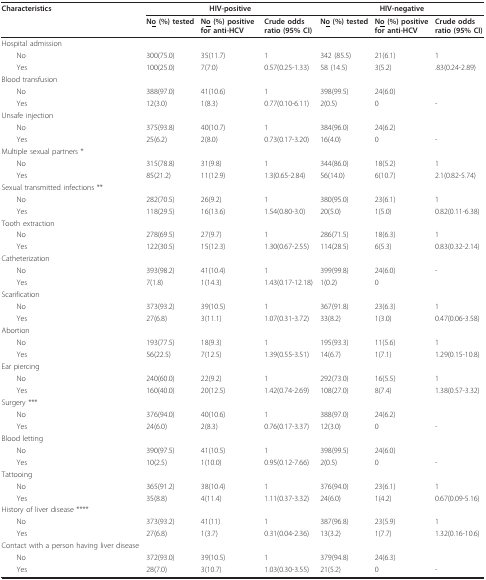
<table><thead><tr><td><b>Characteristics</b></td><td colspan="3"><b>HIV-positive</b></td><td colspan="3"><b>HIV-negative</b></td></tr><tr><td></td><td><b>N<underline>o</underline> (%) tested</b></td><td><b>N<underline>o</underline> (%) positive for anti-HCV</b></td><td><b>Crude odds ratio (95% CI)</b></td><td><b>N<underline>o</underline> (%) tested</b></td><td><b>N<underline>o</underline> (%) positive for anti-HCV</b></td><td><b>Crude odds ratio (95% CI)</b></td></tr></thead><tbody><tr><td>Hospital admission</td><td></td><td></td><td></td><td></td><td></td><td></td></tr><tr><td> No</td><td>300(75.0)</td><td>35(11.7)</td><td>1</td><td>342 (85.5)</td><td>21(6.1)</td><td>1</td></tr><tr><td> Yes</td><td>100(25.0)</td><td>7(7.0)</td><td>0.57(0.25-1.33)</td><td>58 (14.5)</td><td>3(5.2)</td><td>.83(0.24-2.89)</td></tr><tr><td>Blood transfusion</td><td></td><td></td><td></td><td></td><td></td><td></td></tr><tr><td> No</td><td>388(97.0)</td><td>41(10.6)</td><td>1</td><td>398(99.5)</td><td>24(6.0)</td><td></td></tr><tr><td> Yes</td><td>12(3.0)</td><td>1(8.3)</td><td>0.77(0.10-6.11)</td><td>2(0.5)</td><td>0</td><td>-</td></tr><tr><td>Unsafe injection</td><td></td><td></td><td></td><td></td><td></td><td></td></tr><tr><td> No</td><td>375(93.8)</td><td>40(10.7)</td><td>1</td><td>384(96.0)</td><td>24(6.2)</td><td></td></tr><tr><td> Yes</td><td>25(6.2)</td><td>2(8.0)</td><td>0.73(0.17-3.20)</td><td>16(4.0)</td><td>0</td><td>-</td></tr><tr><td>Multiple sexual partners *</td><td></td><td></td><td></td><td></td><td></td><td></td></tr><tr><td> No</td><td>315(78.8)</td><td>31(9.8)</td><td>1</td><td>344(86.0)</td><td>18(5.2)</td><td>1</td></tr><tr><td> Yes</td><td>85(21.2)</td><td>11(12.9)</td><td>1.3(0.65-2.84)</td><td>56(14.0)</td><td>6(10.7)</td><td>2.1(0.82-5.74)</td></tr><tr><td>Sexual transmitted infections **</td><td></td><td></td><td></td><td></td><td></td><td></td></tr><tr><td> No</td><td>282(70.5)</td><td>26(9.2)</td><td>1</td><td>380(95.0)</td><td>23(6.1)</td><td>1</td></tr><tr><td> Yes</td><td>118(29.5)</td><td>16(13.6)</td><td>1.54(0.80-3.0)</td><td>20(5.0)</td><td>1(5.0)</td><td>0.82(0.11-6.38)</td></tr><tr><td>Tooth extraction</td><td></td><td></td><td></td><td></td><td></td><td></td></tr><tr><td> No</td><td>278(69.5)</td><td>27(9.7)</td><td>1</td><td>286(71.5)</td><td>18(6.3)</td><td>1</td></tr><tr><td> Yes</td><td>122(30.5)</td><td>15(12.3)</td><td>1.30(0.67-2.55)</td><td>114(28.5)</td><td>6(5.3)</td><td>0.83(0.32-2.14)</td></tr><tr><td>Catheterization</td><td></td><td></td><td></td><td></td><td></td><td></td></tr><tr><td> No</td><td>393(98.2)</td><td>41(10.4)</td><td>1</td><td>399(99.8)</td><td>24(6.0)</td><td>-</td></tr><tr><td> Yes</td><td>7(1.8)</td><td>1(14.3)</td><td>1.43(0.17-12.18)</td><td>1(0.2)</td><td>0</td><td></td></tr><tr><td>Scarification</td><td></td><td></td><td></td><td></td><td></td><td></td></tr><tr><td> No</td><td>373(93.2)</td><td>39(10.5)</td><td>1</td><td>367(91.8)</td><td>23(6.3)</td><td>1</td></tr><tr><td> Yes</td><td>27(6.8)</td><td>3(11.1)</td><td>1.07(0.31-3.72)</td><td>33(8.2)</td><td>1(3.0)</td><td>0.47(0.06-3.58)</td></tr><tr><td>Abortion</td><td></td><td></td><td></td><td></td><td></td><td></td></tr><tr><td> No</td><td>193(77.5)</td><td>18(9.3)</td><td>1</td><td>195(93.3)</td><td>11(5.6)</td><td>1</td></tr><tr><td> Yes</td><td>56(22.5)</td><td>7(12.5)</td><td>1.39(0.55-3.51)</td><td>14(6.7)</td><td>1(7.1)</td><td>1.29(0.15-10.8)</td></tr><tr><td>Ear piercing</td><td></td><td></td><td></td><td></td><td></td><td></td></tr><tr><td> No</td><td>240(60.0)</td><td>22(9.2)</td><td>1</td><td>292(73.0)</td><td>16(5.5)</td><td>1</td></tr><tr><td> Yes</td><td>160(40.0)</td><td>20(12.5)</td><td>1.42(0.74-2.69)</td><td>108(27.0)</td><td>8(7.4)</td><td>1.38(0.57-3.32)</td></tr><tr><td>Surgery ***</td><td></td><td></td><td></td><td></td><td></td><td></td></tr><tr><td> No</td><td>376(94.0)</td><td>40(10.6)</td><td>1</td><td>388(97.0)</td><td>24(6.2)</td><td></td></tr><tr><td> Yes</td><td>24(6.0)</td><td>2(8.3)</td><td>0.76(0.17-3.37)</td><td>12(3.0)</td><td>0</td><td>-</td></tr><tr><td>Blood letting</td><td></td><td></td><td></td><td></td><td></td><td></td></tr><tr><td> No</td><td>390(97.5)</td><td>41(10.5)</td><td>1</td><td>398(99.5)</td><td>24(6.0)</td><td></td></tr><tr><td> Yes</td><td>10(2.5)</td><td>1(10.0)</td><td>0.95(0.12-7.66)</td><td>2(0.5)</td><td>0</td><td>-</td></tr><tr><td>Tattooing</td><td></td><td></td><td></td><td></td><td></td><td></td></tr><tr><td> No</td><td>365(91.2)</td><td>38(10.4)</td><td>1</td><td>376(94.0)</td><td>23(6.1)</td><td>1</td></tr><tr><td> Yes</td><td>35(8.8)</td><td>4(11.4)</td><td>1.11(0.37-3.32)</td><td>24(6.0)</td><td>1(4.2)</td><td>0.67(0.09-5.16)</td></tr><tr><td>History of liver disease ****</td><td></td><td></td><td></td><td></td><td></td><td></td></tr><tr><td> No</td><td>373(93.2)</td><td>41(11)</td><td>1</td><td>387(96.8)</td><td>23(5.9)</td><td>1</td></tr><tr><td> Yes</td><td>27(6.8)</td><td>1(3.7)</td><td>0.31(0.04-2.36)</td><td>13(3.2)</td><td>1(7.7)</td><td>1.32(0.16-10.6)</td></tr><tr><td>Contact with a person having liver disease</td><td></td><td></td><td></td><td></td><td></td><td></td></tr><tr><td> No</td><td>372(93.0)</td><td>39(10.5)</td><td>1</td><td>379(94.8)</td><td>24(6.3)</td><td></td></tr><tr><td> Yes</td><td>28(7.0)</td><td>3(10.7)</td><td>1.03(0.30-3.55)</td><td>21(5.2)</td><td>0</td><td>-</td></tr></tbody></table>